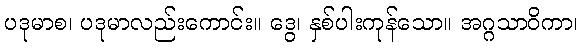
ပဒုမာစ၊ ပဒုမာလည်းကောင်း။ ဒွေ၊ နှစ်ပါးကုန်သော။ အဂ္ဂသာဝိကာ၊